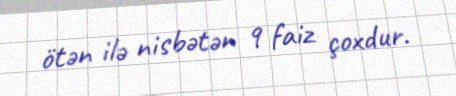
ötən ilə nisbətən 9 faiz çoxdur.